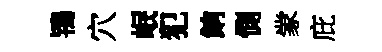
鴇穴岷犯餉惻䝉庇